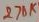
Text: 270K